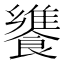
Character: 𩞠